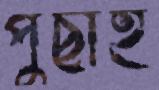
পুঁছাই